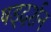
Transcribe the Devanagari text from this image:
षड्‌दर्शन